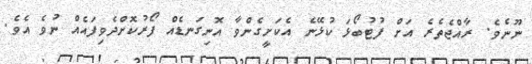
ނޫނެވެ. ރާއްޖެތެރެ އަށް ފުޓުބޯޅަ ކުޅޭނެ އެކަށީގެންވާ އޮނިގަނޑެއް ފޯރުކޮށްދެވިފައެއް ނުވެ އެވެ.